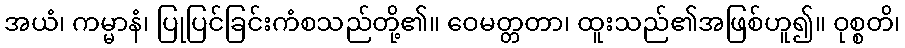
အယံ၊ ကမ္မာနံ၊ ပြုပြင်ခြင်းကံစသည်တို့၏။ ဝေမတ္တတာ၊ ထူးသည်၏အဖြစ်ဟူ၍။ ဝုစ္စတိ၊